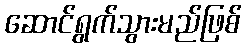
ဆောင်ရွက်သွားမည်ဖြစ်